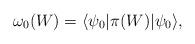
LaTeX: \begin{align*}\omega_{0}(W) = \langle \psi_{0}|\pi(W)|\psi_{0}\rangle,\end{align*}